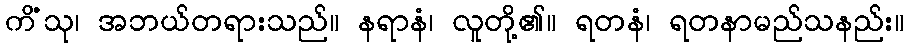
ကိံသု၊ အဘယ်တရားသည်။ နရာနံ၊ လူတို့၏။ ရတနံ၊ ရတနာမည်သနည်း။